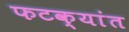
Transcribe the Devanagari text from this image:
फटक्यांत